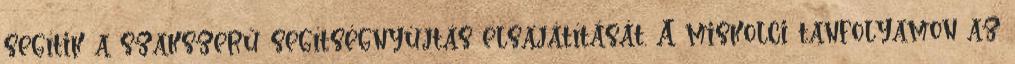
segítik a szakszerű segítségnyújtás elsajátítását. A miskolci tanfolyamon az